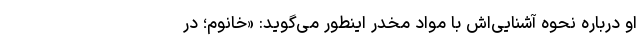
او درباره نحوه آشنایی‌اش با مواد مخدر اینطور می‌گوید: «خانوم؛ در